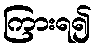
ကြားရ၍